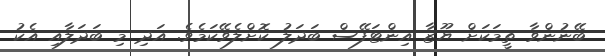
ބޭނުންވާ ތީމަކަށް ޔޫޒާ އިންޓަފޭސް ބަދަލު ކޮށްލެވޭކަމެވެ. އަދި މި ބަދަލާއި އެކު